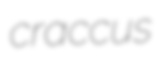
craccus